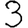
Digit: 3